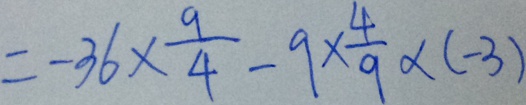
= - 3 6 \times \frac { 9 } { 4 } - 9 \times \frac { 4 } { 9 } \times ( - 3 )